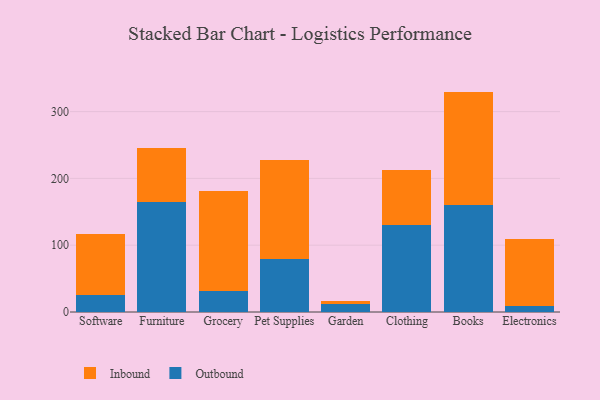
{"axis": {"x": "Category", "y": "Latency (ms)"}, "legend": ["Inbound", "Outbound"], "data": [{"x": "Software", "y": 25.0, "type": "Outbound"}, {"x": "Software", "y": 92.0, "type": "Inbound"}, {"x": "Furniture", "y": 164.3, "type": "Outbound"}, {"x": "Furniture", "y": 80.6, "type": "Inbound"}, {"x": "Grocery", "y": 30.8, "type": "Outbound"}, {"x": "Grocery", "y": 150.3, "type": "Inbound"}, {"x": "Pet Supplies", "y": 79.6, "type": "Outbound"}, {"x": "Pet Supplies", "y": 147.2, "type": "Inbound"}, {"x": "Garden", "y": 12.1, "type": "Outbound"}, {"x": "Garden", "y": 5.1, "type": "Inbound"}, {"x": "Clothing", "y": 129.8, "type": "Outbound"}, {"x": "Clothing", "y": 82.7, "type": "Inbound"}, {"x": "Books", "y": 159.8, "type": "Outbound"}, {"x": "Books", "y": 170.1, "type": "Inbound"}, {"x": "Electronics", "y": 8.9, "type": "Outbound"}, {"x": "Electronics", "y": 100.7, "type": "Inbound"}]}